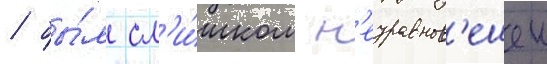
/ бы́л сл'и́шком н'еуравнов'ешен